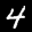
Label: 4